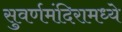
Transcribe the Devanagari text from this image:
सुवर्णमंदिरामध्ये